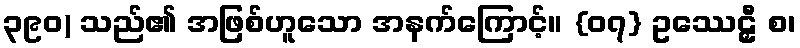
၃၉၀) သည်၏ အဖြစ်ဟူသော အနက်ကြောင့်။ {၀၇} ဥဿေဠှီ စ၊